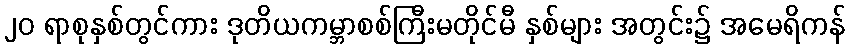
၂၀ ရာစုနှစ်တွင်ကား ဒုတိယကမ္ဘာစစ်ကြီးမတိုင်မီ နှစ်များ အတွင်း၌ အမေရိကန်